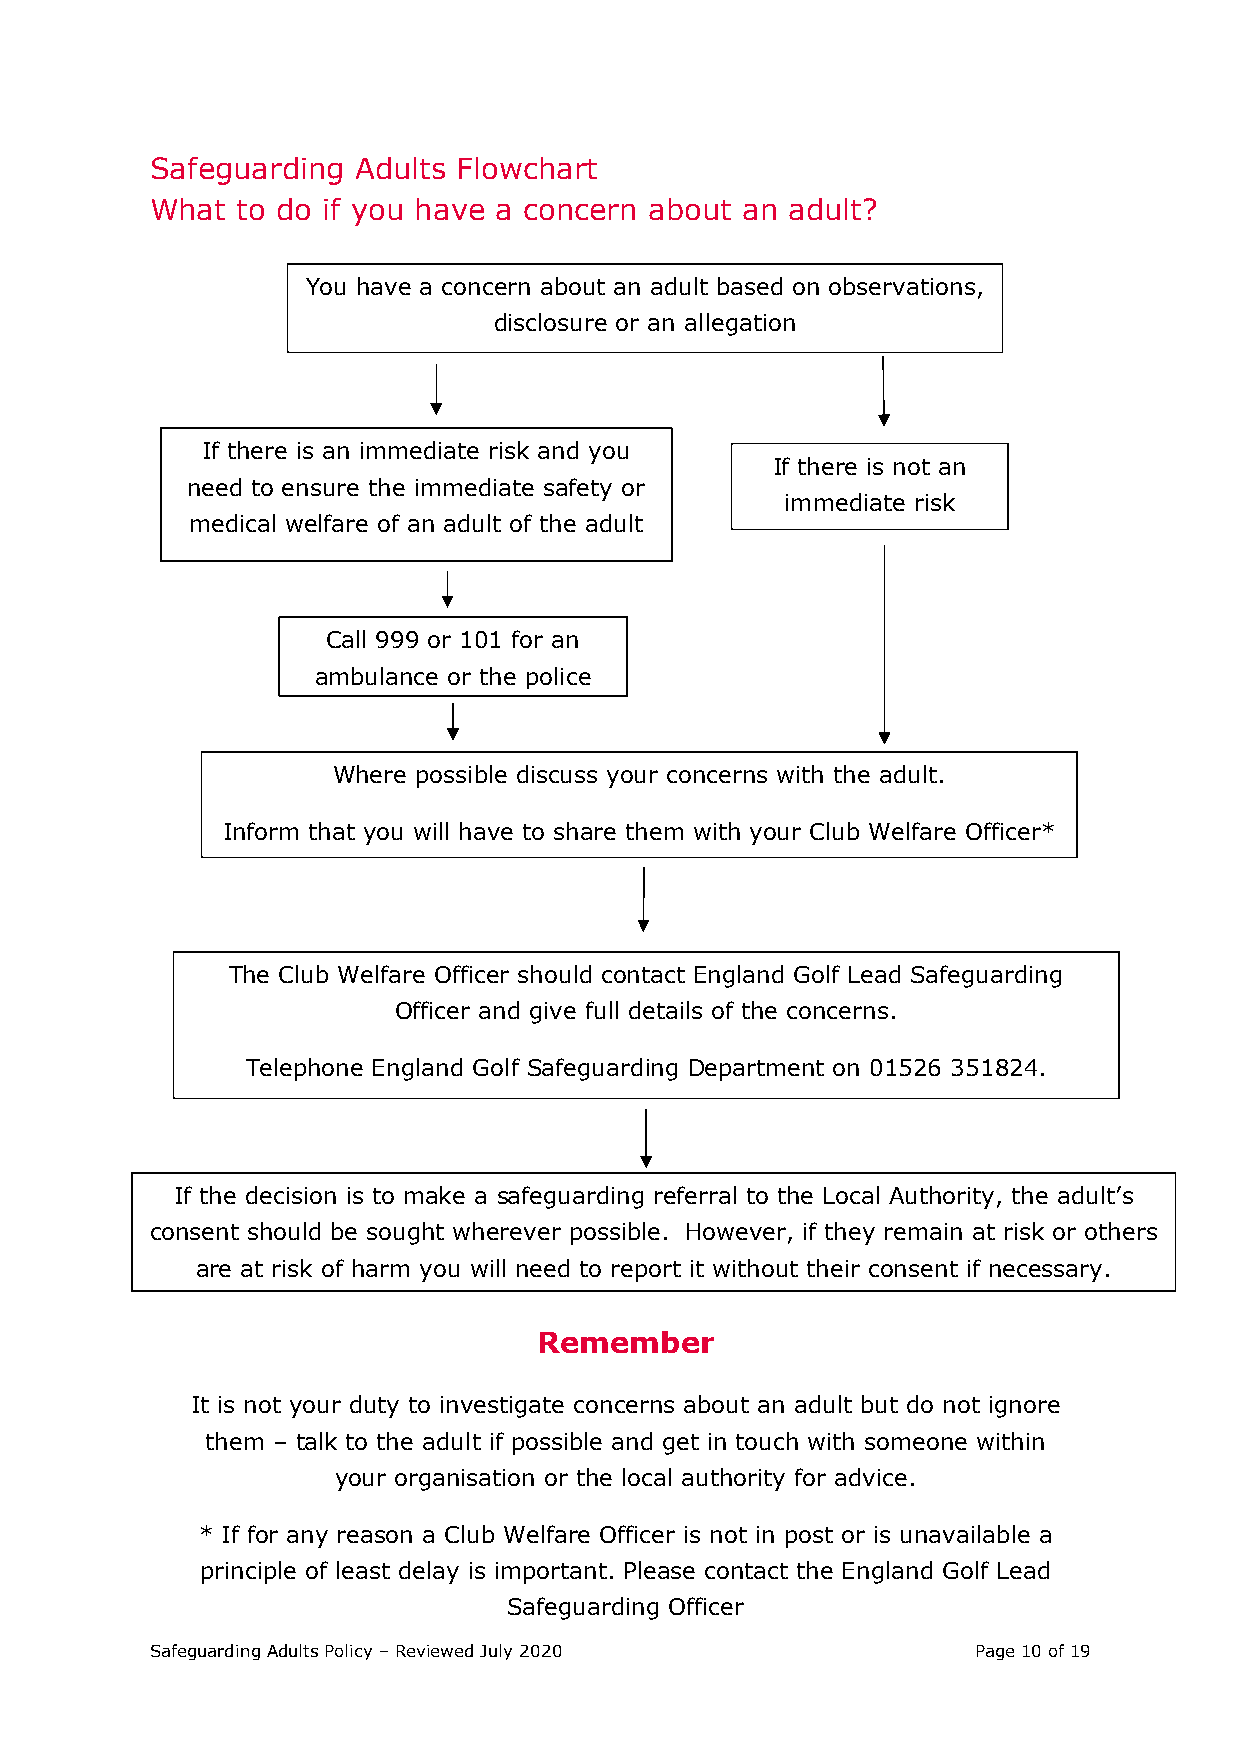
Safeguarding Adults Flowchart
 What  to do if you have a concern about an adult?
 You have a concern about an adult based on observations,
 disclosure or an allegation
 If there is an immediate risk and you
 If there is not an
 need to ensure the immediate safety or
 immediate risk
 medical welfare of an adult of the adult
 Call 999 or 101 for an
 ambulance or the police
 Where possible discuss your concerns with the adult.
 Inform that you will have to share them with your Club Welfare Officer*
 The Club Welfare Officer should contact England Golf Lead Safeguarding
 Officer and give full details of the concerns.
 Telephone England Golf Safeguarding Department on 01526 351824.
 If the decision is to make a safeguarding referral to the Local Authority, the adult’s
 consent should be sought wherever possible. However, if they remain at risk or others
 are at risk of harm you will need to report it without their consent if necessary.
 Remember
 It is not your duty to investigate concerns about an adult but do not ignore
 them – talk to the adult if possible and get in touch with someone within
 your organisation or the local authority for advice.
 * If for any reason a Club Welfare Officer is not in post or is unavailable a
 principle of least delay is important. Please contact the England Golf Lead
 Safeguarding Officer
 Sa feguarding Adults Policy – Reviewed July 2020      Page 10 of 19